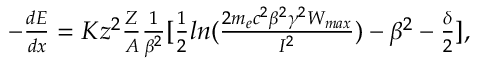
\begin{array} { r } { - \frac { d E } { d x } = K z ^ { 2 } \frac { Z } { A } \frac { 1 } { \beta ^ { 2 } } [ \frac { 1 } { 2 } l n ( \frac { 2 m _ { e } c ^ { 2 } \beta ^ { 2 } \gamma ^ { 2 } W _ { m a x } } { I ^ { 2 } } ) - \beta ^ { 2 } - \frac { \delta } { 2 } ] , } \end{array}